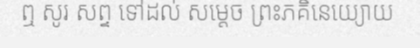
ឮ សូរ សព្ទ ទៅដល់ សម្តេច ព្រះភគិនេយ្យោយ